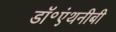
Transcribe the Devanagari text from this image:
डॉ॰एंथनीबी